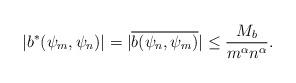
LaTeX: \begin{align*}|b^*(\psi_m,\psi_n)| = |\overline{b(\psi_n,\psi_m)}| \leq \frac{M_b}{m^\alpha n^\alpha}.\end{align*}